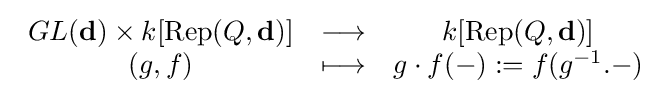
{\begin{array}{ccc}GL(\mathbf {d} )\times k[\operatorname {Rep} (Q,\mathbf {d} )]&\longrightarrow &k[\operatorname {Rep} (Q,\mathbf {d} )]\\(g,f)&\longmapsto &g\cdot f(-):=f(g^{-1}.-)\end{array}}